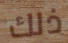
ذلك